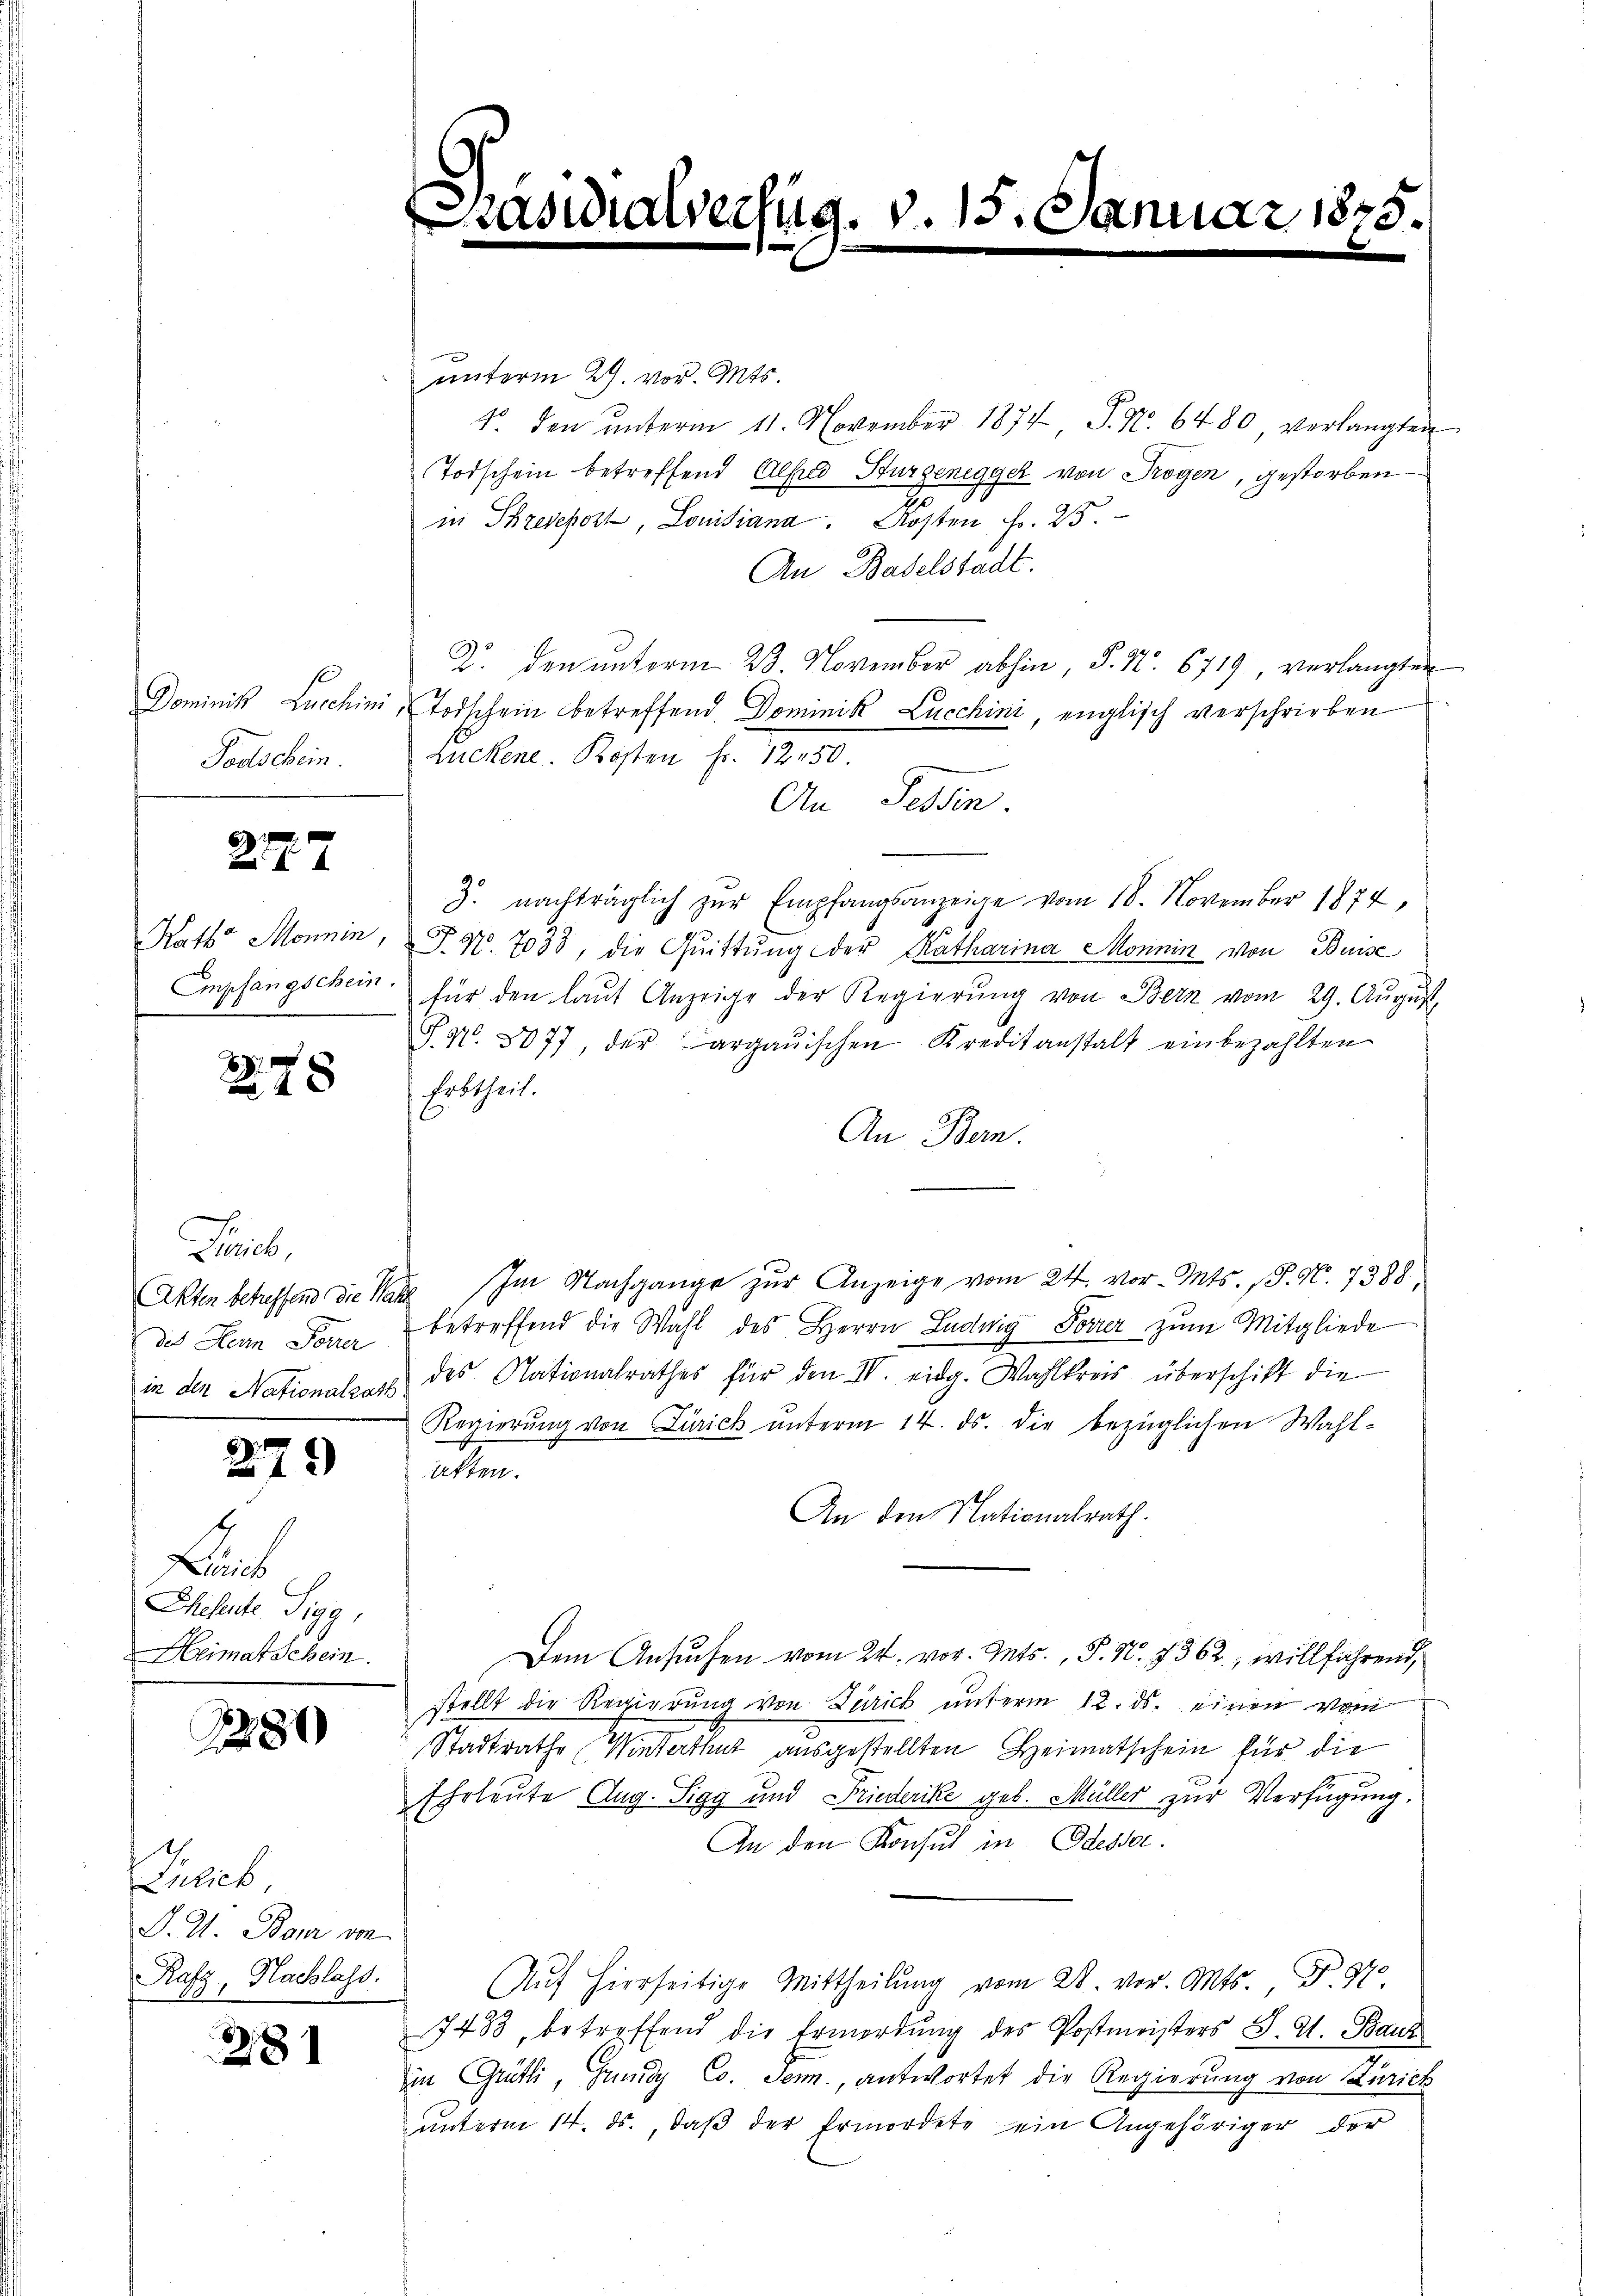
Dominik Lachim
Todschein.

257. 7

Raths Monnin,
Empfangschein

278

Trib
Akten betreffend die Na
des Hern Forrer
in den Nationalrath

275)

Bas
Ehehente Sigg,
Heimat Schein.

1280

icis.
P. R. Bon von
Rafz, Nachlass.

281

tasialverfug. v. 15. Januar 1875.

unterm 29. vor. Mts.
1. den ŭnterm 11. November 1874 P. Nr. 6480 verlangten
Todschein betreffend Alfred Burgenegger von Trogen, gestorben
in Schreienort, Lonitiana Kosten Fr. 25.
An Baselstadt.
D. den unterm 23. November abhin, S. Nr. 6719, verlangten
 Todschein betreffend Dominik Lucchini englisch verschrieben
Zuckene. Kosten Fr. 12450.
An Fessen.
J. nachträglich zŭr Empfangsanzeige vom 18. November 1874,
T.Nr. 7033, die Quittung der Katharina Monnin von Busse
für den laut Anzeige der Regierung von Bern vom 29. August
P. Nr. 5077 der argauischen Kreditanstalt einbezahlten
Erbtheil.
An Bern.
 Im Nachgange zur Anzeige vom 24. vor. Mts. (T. N. 7388
betreffend die Wahl des Herrn Ludwig Forrer zum Mitgliede
des Nationalrathes für den IV. eidg. Wahlkreis überschift die
Regierung von Zürich unterm 14. ds. die bezüglichen Wahl-
akten.
An den Nationalrath.
Dem Ansuchen vom 24. vor. Mts., P. Nr. 7362, willfährend,
stellt die Regierung von Zürich unterm 12. ds. einen vom
Stadtrathe Winterthut ausgestellten Heimatschein für die
Ehrleute Aug. Sigg und Friederike geb. Müller zur Verfügung.
An den Konsul in Odesser.
Aŭf hierseitige Mittheilŭng vom 28. vor. Mts. Z. 970
7483, betreffend die Ermordung des Postmeisters J. G. Baut
in Grütli, Grund Co. Jen., antwortet die Regierung von Zürich
unterm 14. ds., daß der Ermordete ein Angehöriger der

¬